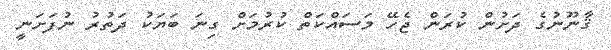
ޤާނޫނުގެ ދަށުން ކުރަން ޖެހޭ މަސައްކަތް ކުރުމަށް ގިނަ ބަޔަކު ދަތުރު ނުފަށަނީ